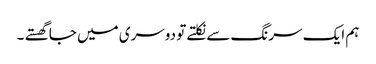
ہم ایک سرنگ سے نکلتے تو دوسری میں جا گھستے ۔